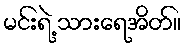
မင်းရဲ့ သားရေအိတ်။